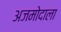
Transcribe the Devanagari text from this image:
अजमोदाला